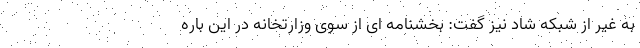
به غیر از شبکه شاد نیز گفت: بخشنامه ای از سوی وزارتخانه در این باره